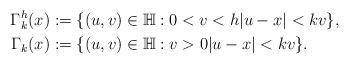
LaTeX: \begin{align*}\Gamma_k^h(x) &:= \{(u,v) \in \mathbb{H}: 0<v<h |u-x| < kv \}, \\\Gamma_k(x) &:= \{(u,v) \in \mathbb{H}: v>0 |u-x| < kv \}.\end{align*}